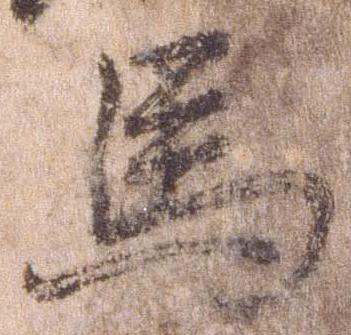
馬